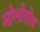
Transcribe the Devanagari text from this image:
मोलोतोव